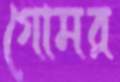
গোমর